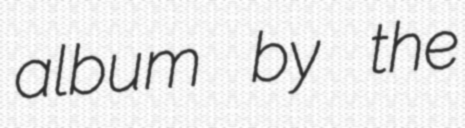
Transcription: album by the